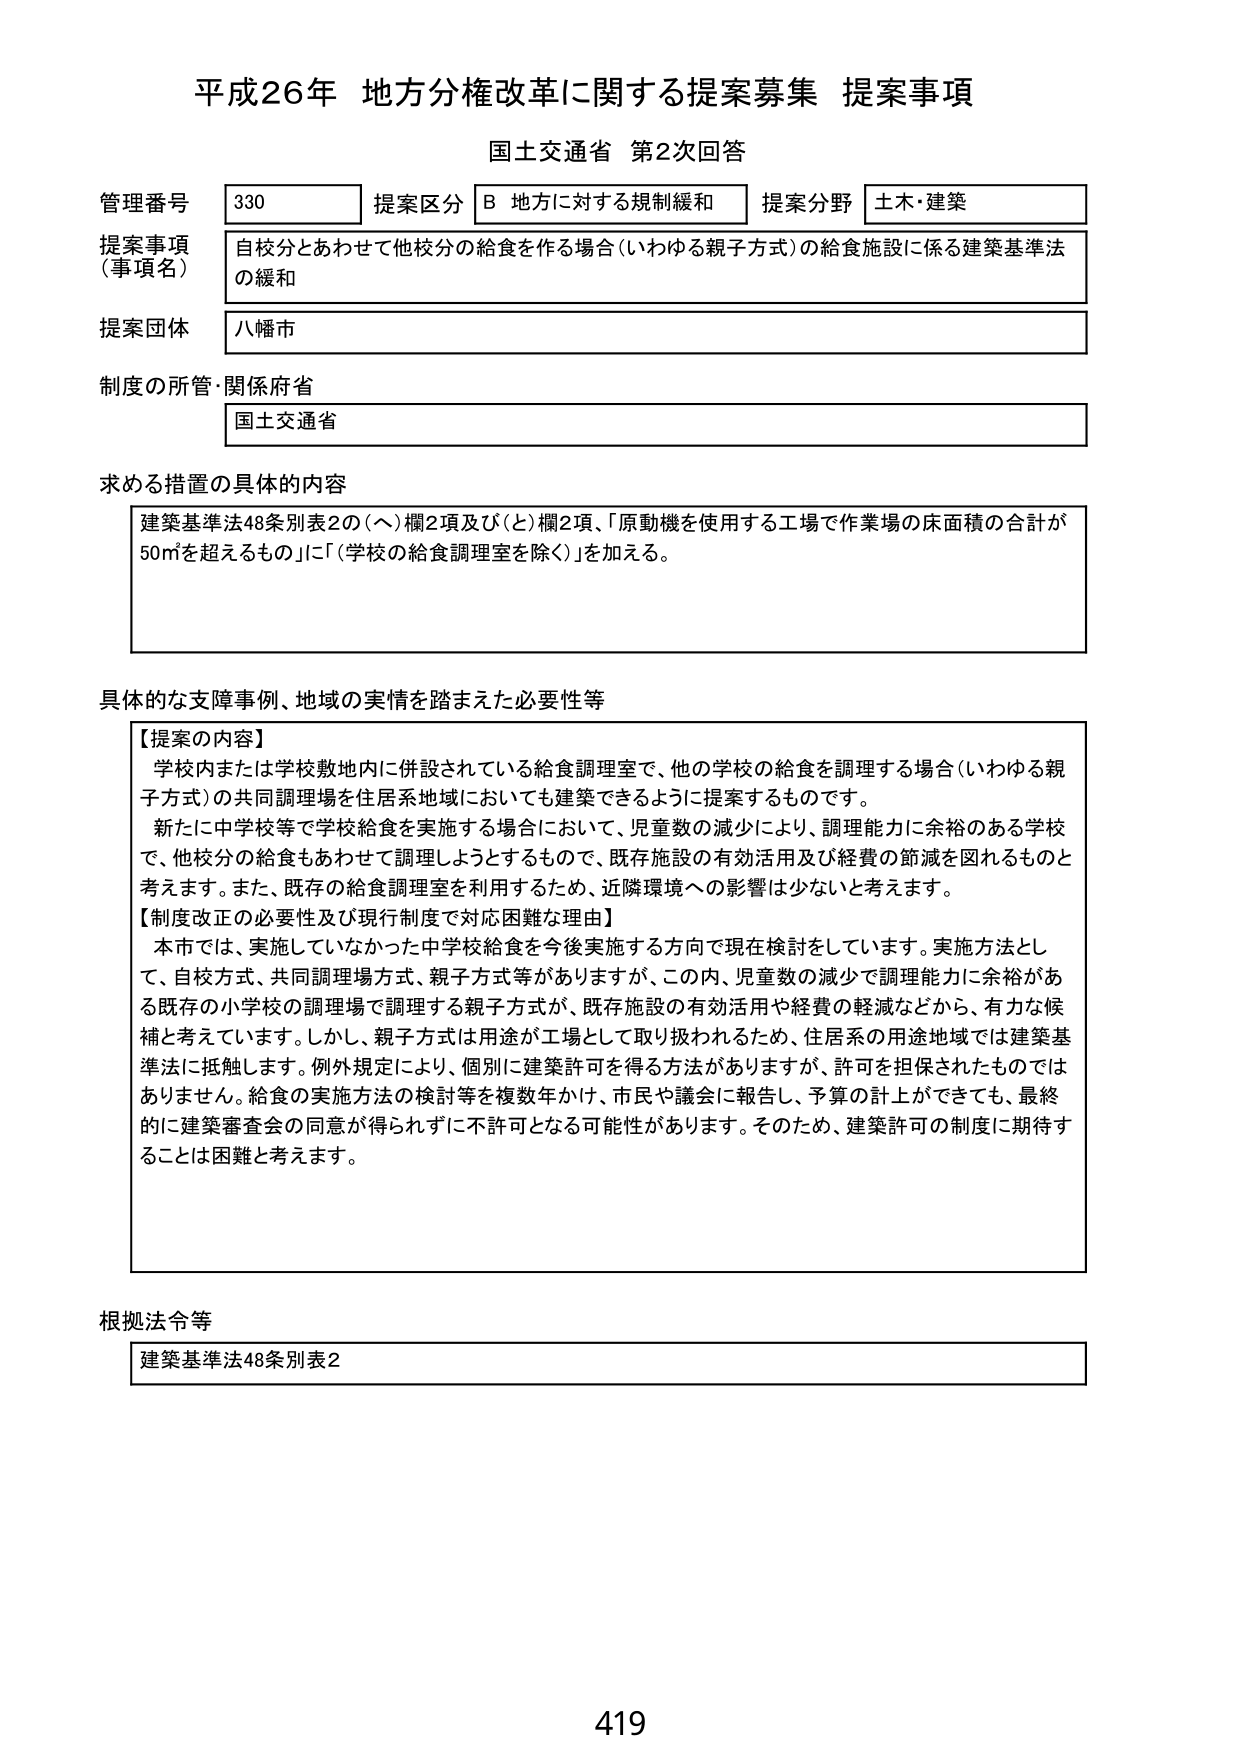
平成26年 地方分権改革に関する提案募集 提案事項
国土交通省 第2次回答

管理番号 330 提案区分 B 地方に対する規制緩和 提案分野 土木・建築
提案事項（事項名） 自校分とあわせて他校分の給食を作る場合（いわゆる親子方式）の給食施設に係る建築基準法の緩和
提案団体 八幡市
制度の所管・関係府省 国土交通省

求める措置の具体的内容
建築基準法48条別表2の（ヘ）欄2項及び（と）欄2項、「原動機を使用する工場で作業場の床面積の合計が50㎡を超えるもの」に「（学校の給食調理室を除く）」を加える。

具体的な支障事例、地域の実情を踏まえた必要性等
【提案の内容】
学校内または学校敷地内に併設されている給食調理室で、他の学校の給食を調理する場合（いわゆる親子方式）の共同調理場を住居系地域においても建築できるように提案するものです。
新たに中学校等で学校給食を実施する場合において、児童数の減少により、調理能力に余裕のある学校で、他校分の給食もあわせて調理しようとするもので、既存施設の有効活用及び経費の節減を図れるものと考えます。また、既存の給食調理室を利用するため、近隣環境への影響は少ないと考えます。
【制度改正の必要性及び現行制度で対応困難な理由】
本市では、実施していなかった中学校給食を今後実施する方向で現在検討をしています。実施方法として、自校方式、共同調理場方式、親子方式等がありますが、この内、児童数の減少で調理能力に余裕がある既存の小学校の調理場で調理する親子方式が、既存施設の有効活用や経費の軽減などから、有力な候補と考えています。しかし、親子方式は用途が工場として取り扱われるため、住居系の用途地域では建築基準法に抵触します。例外規定により、個別に建築許可を得る方法がありますが、許可を担保されたものではありません。給食の実施方法の検討等を複数年かけ、市民や議会に報告し、予算の計上ができても、最終的に建築審査会の同意が得られずに不許可となる可能性があります。そのため、建築許可の制度に期待することは困難と考えます。

根拠法令等
建築基準法48条別表2

419